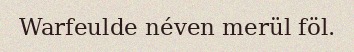
Warfeulde néven merül föl.